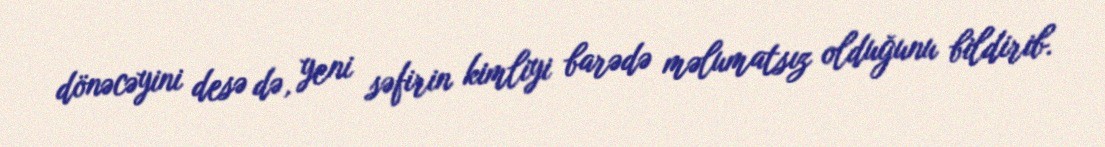
dönəcəyini desə də, yeni səfirin kimliyi barədə məlumatsız olduğunu bildirib.